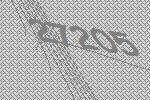
27205